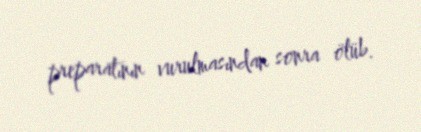
preparatının vurulmasından sonra ölüb.